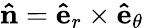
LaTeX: \mathbf{\hat{n}}=\mathbf{\hat{e}}_{r}\times\mathbf{\hat{e}}_{\theta}